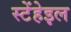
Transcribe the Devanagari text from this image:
स्टेंहेइल